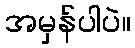
အမှန်ပါပဲ။